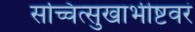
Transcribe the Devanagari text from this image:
सच्चित्सुखाभीष्टवरं